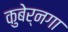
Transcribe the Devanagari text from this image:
कुबेर्नगा